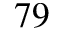
^ { 7 9 }